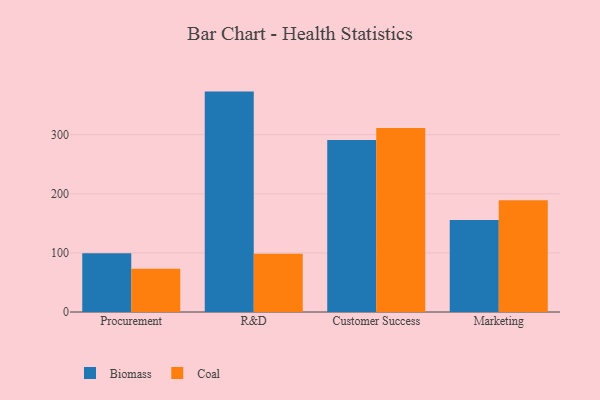
{"axis": {"x": "Department", "y": "Humidity (%)"}, "legend": ["Biomass", "Coal"], "data": [{"x": "Procurement", "y": 99.3, "type": "Biomass"}, {"x": "Procurement", "y": 73.0, "type": "Coal"}, {"x": "R&D", "y": 372.9, "type": "Biomass"}, {"x": "R&D", "y": 98.4, "type": "Coal"}, {"x": "Customer Success", "y": 290.9, "type": "Biomass"}, {"x": "Customer Success", "y": 311.5, "type": "Coal"}, {"x": "Marketing", "y": 155.5, "type": "Biomass"}, {"x": "Marketing", "y": 189.0, "type": "Coal"}]}